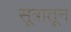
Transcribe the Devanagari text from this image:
सूत्रातून